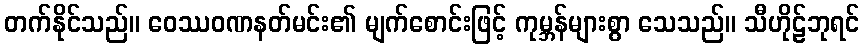
တက်နိုင်သည်။ ဝေဿဝဏနတ်မင်း၏ မျက်စောင်းဖြင့် ကုမ္ဘန်များစွာ သေသည်။ သီဟိုဠ်ဘုရင်